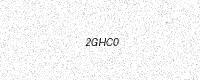
Text: 2GHC0